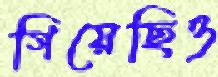
গিয়েছিও